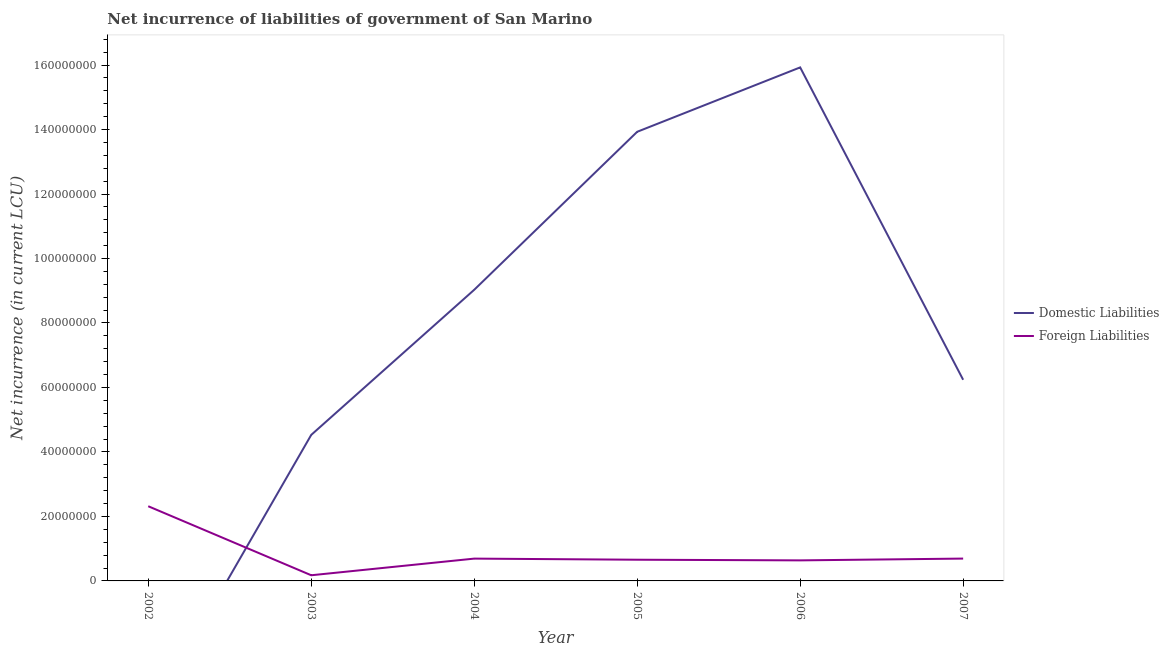
| Year | Domestic Liabilities | Foreign Liabilities |
 | --- | --- | --- |
 | 2002 | -4.24e+07 | 2.32e+07 |
 | 2003 | 4.53e+07 | 1.76e+06 |
 | 2004 | 9.03e+07 | 6.92e+06 |
 | 2005 | 1.39e+08 | 6.57e+06 |
 | 2006 | 1.59e+08 | 6.37e+06 |
 | 2007 | 6.24e+07 | 6.93e+06 |